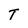
Character: T